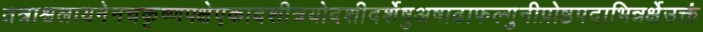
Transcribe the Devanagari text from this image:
तत्राश्वलायनेनचकृष्णपक्षेएकादशीत्रयोदशीदर्शेषुअषाढाफल्गुनीप्रोष्ठपदाभिन्नर्क्षेउक्तं